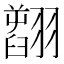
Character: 𦒟